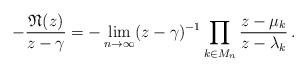
LaTeX: \begin{align*} -\frac{\mathfrak{N}(z)}{z-\gamma}=-\lim_{n\to\infty}(z-\gamma)^{-1}\prod_{k\in M_n}\frac{z-\mu_k}{z-\lambda_k}\,. \end{align*}